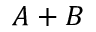
A + B